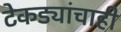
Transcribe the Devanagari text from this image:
टेकड्यांचाही